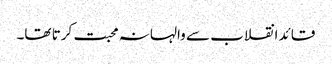
قائد انقلاب سے والہانہ محبت کرتا تھا۔